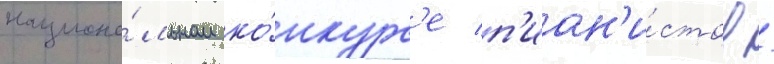
национа́льном ко́нкурс'е п'иан'и́стов /